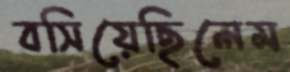
বসিয়েছিলেম